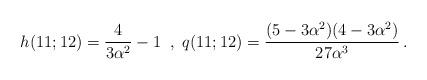
LaTeX: \begin{align*}h(11;12) = \frac 4{3\alpha^2}-1 \;\;,\;q(11;12) = \frac{(5-3\alpha^2)(4-3\alpha^2)}{27\alpha^3}\,.\end{align*}